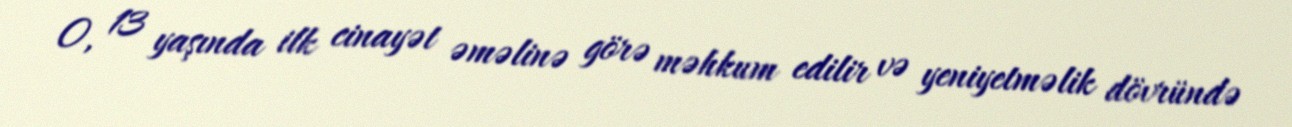
O, 13 yaşında ilk cinayət əməlinə görə məhkum edilir və yeniyetməlik dövründə